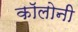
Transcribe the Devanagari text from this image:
काॅलोनी